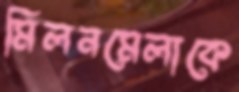
মিলনমেলাকে